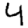
Digit: 4